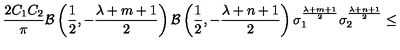
\frac { 2 C _ { 1 } C _ { 2 } } { \pi } { \cal B } \left( \frac { 1 } { 2 } , - \frac { \lambda + m + 1 } { 2 } \right) { \cal B } \left( \frac { 1 } { 2 } , - \frac { \lambda + n + 1 } { 2 } \right) { \sigma } _ { 1 } ^ { \frac { \lambda + m + 1 } { 2 } } { \sigma } _ { 2 } ^ { \frac { \lambda + n + 1 } { 2 } } \leq